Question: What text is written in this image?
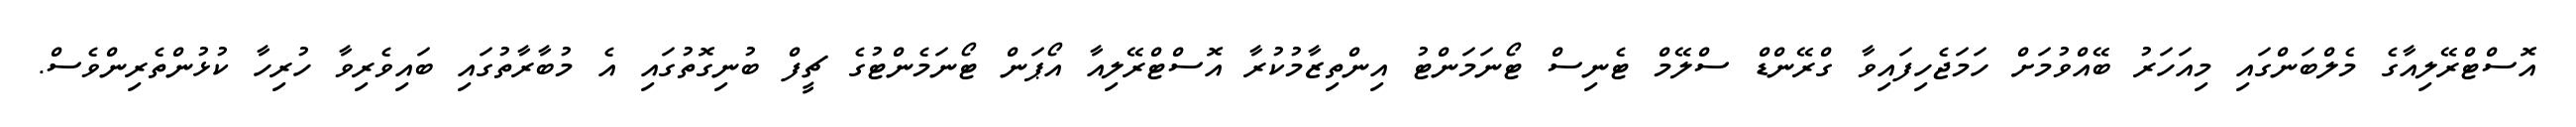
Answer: އޮސްޓްރޭލިއާގެ މެލްބަންގައި މިއަހަރު ބޭއްވުމަށް ހަމަޖެހިފައިވާ ގްރޭންޑް ސްލޭމް ޓެނިސް ޓޯނަމަންޓު އިންތިޒާމުކުރާ އޮސްޓްރޭލިއާ އޯޕަން ޓޯނަމެންޓުގެ ޗީފް ބުނިގޮތުގައި އެ މުބާރާތުގައި ބައިވެރިވާ ހުރިހާ ކުޅުންތެރިންވެސް.